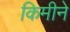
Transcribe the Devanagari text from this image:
किमीने